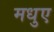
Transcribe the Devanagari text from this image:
मधुए